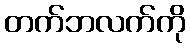
တက်ဘလက်ကို